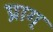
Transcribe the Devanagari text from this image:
प्राग्